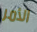
الأمر